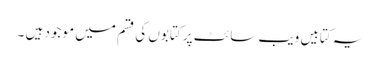
یہ کتابیں ویب سائٹ پر کتابوں کی قسم میں موجود ہیں ۔